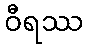
ဝီရဿ